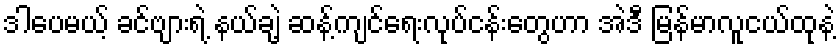
ဒါပေမယ့် ခင်ဗျားရဲ့ နယ်ချဲ့ ဆန့်ကျင်ရေးလုပ်ငန်းတွေဟာ အဲဒီ မြန်မာလူငယ်ထုနဲ့